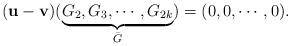
LaTeX: \begin{align*} (\mathbf{u}-\mathbf{v})(\underbrace{G_2,G_3,\cdots,G_{2k}}_{\bar{G}})=(0,0,\cdots,0). \end{align*}